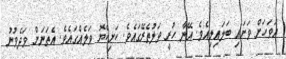
އަވަހަށް ވަށައި ބަލައިލިއެވެ. އޭނާ ހުރީ ވަލުތެރޭގައެވެ. ކަށިކެޔޮ ވަލެއްގައެވެ. އެތަނަށް ވަދެވުނު